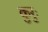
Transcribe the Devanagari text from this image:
कुरुः